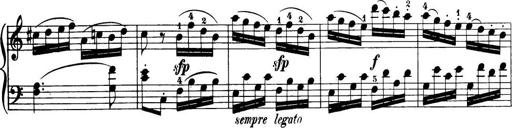
Title: 32 Sonatinas and Rondos for the Piano
Composer: Richard Kleinmichel